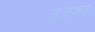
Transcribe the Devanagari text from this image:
मजाशाह